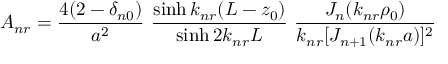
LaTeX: A _ { n r } = { \frac { 4 ( 2 - \delta _ { n 0 } ) } { a ^ { 2 } } } \, \, { \frac { \sinh k _ { n r } ( L - z _ { 0 } ) } { \sinh 2 k _ { n r } L } } \, \, { \frac { J _ { n } ( k _ { n r } \rho _ { 0 } ) } { k _ { n r } [ J _ { n + 1 } ( k _ { n r } a ) ] ^ { 2 } } }